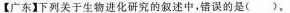
【广东】下列关于生物进化研究的叙述中，错误的是()，